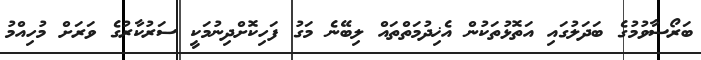
ބަރޯސާވުމުގެ ބަދަލުގައި އަތޮޅުތަކުން އެޚިދުމަތްތައް ލިބޭނެ މަގު ފަހިކޮށްދިނުމަކީ ސަރުކާރުގެ ވަރަށް މުހިއްމު